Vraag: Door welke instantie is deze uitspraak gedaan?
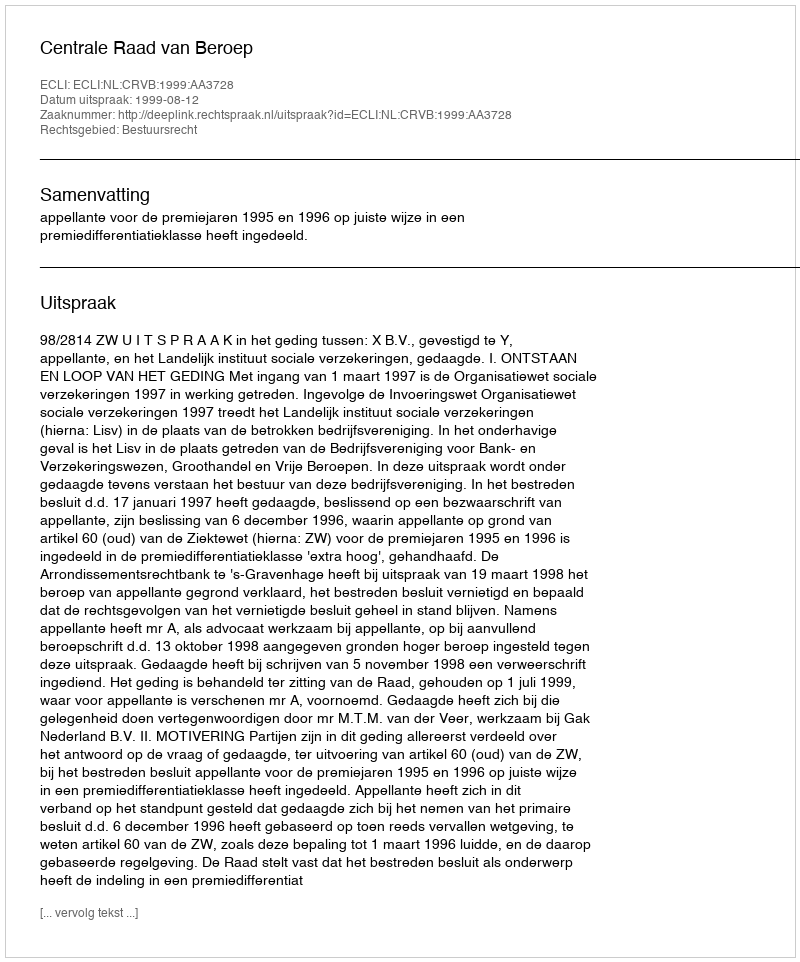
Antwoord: Centrale Raad van Beroep